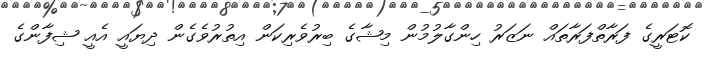
ކޮޓަރީގެ ފަރާތްފަރާތައް ނަޒަރު ހިންގާލުމުން މިޝާގެ ބިރުވެރިކަން އިތުރުވެގެން ދިޔައީ އެއީ ޝިފާންގެ